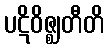
ပဋိဝိဇ္ဈတီတိ